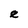
Character: e